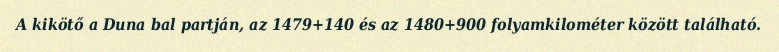
A kikötő a Duna bal partján, az 1479+140 és az 1480+900 folyamkilométer között található.